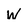
Character: W